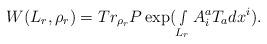
LaTeX: \begin{align*}W(L_r,\rho _r)=Tr_{\rho _r}P\exp (\smallint _{L_r}A_i^aT_adx^i). \end{align*}